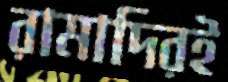
রামাদিরই